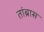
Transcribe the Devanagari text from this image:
तांब्रास